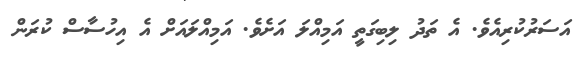
އަސަރުކުރިއެވެ. އެ ތަދު ލިބިގަތީ އަމިއްލަ އަށެވެ. އަމިއްލައަށް އެ އިހުސާސް ކުރަން